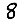
Digit: 8